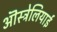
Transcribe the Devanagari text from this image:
ऒस्ट्रेलियाई